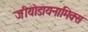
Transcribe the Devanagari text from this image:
जीयोडायनामिक्‍स